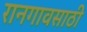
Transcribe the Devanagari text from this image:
रानगावसाठी